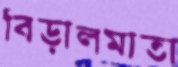
বিড়ালমাতা